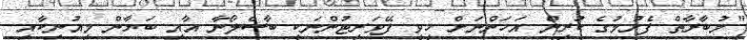
"މުބާރާތް ފެށުމުގެ ކުރިން އަހަންނަށް ހީވީ ފޭވަރިޓުންނަކީ ބާސެލޯނާ އާއި ބަޔާން މިއުނިކާއި